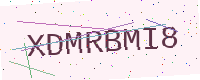
Text: XDMRBMI8